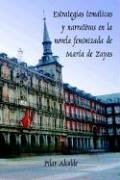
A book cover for Estrategias Tematicas Y Narrativas En La Novela Feminizada De Maria De Zayas: Spa; Pilar Alcalde; Literature & Fiction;